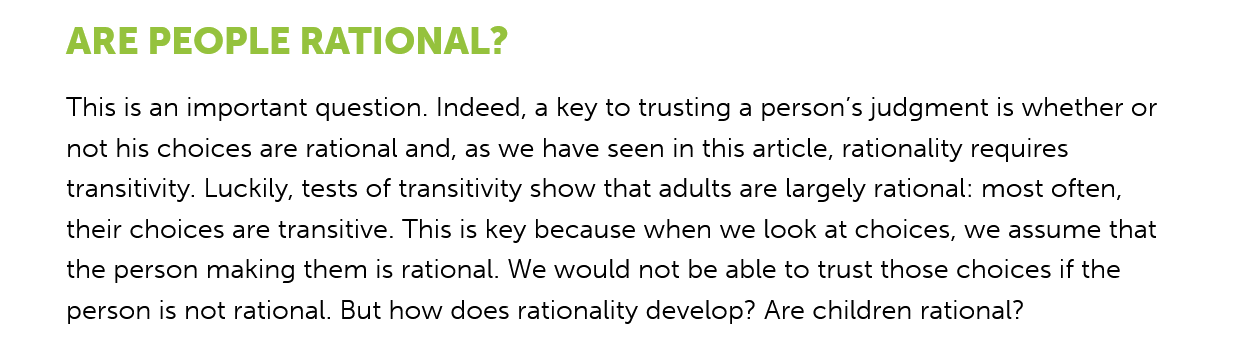
ARE   PEOPLE    RATIONAL?
     This is an important question. Indeed, a key to trusting a person's judgment is whether or
     not his choices are rational and, as we have seen in this article, rationality requires
     transitivity. Luckily, tests of transitivity show that adults are largely rational: most often,
     their choices are transitive. This is key because when we look at choices, we assume that
     the person making them  is rational. We would not be able to trust those choices if the
     person is not rational. But how does rationality develop? Are children rational?